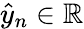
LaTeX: \hat{y}_{n}\in\mathbb{R}